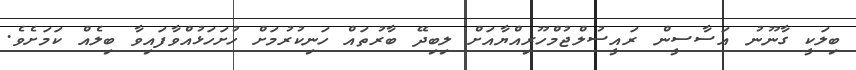
ބިލަކީ ގާނޫނު އަސާސީން ރައީސުލްޖުމްހޫރިއްޔާއަށް ލިބިދޭ ބާރުތައް ހަނިކުރުމަށް ހުށަހަޅުއްވާފައިވާ ބިލެއް ކަމަށެވެ.